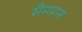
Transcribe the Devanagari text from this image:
सैमप्रास